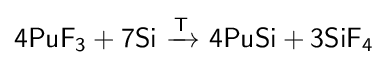
{\mathsf {4PuF_{3}+7Si\ {\xrightarrow {T}}\ 4PuSi+3SiF_{4}}}